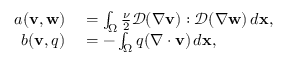
\begin{array} { r l } { a ( { \mathbf v } , { \mathbf w } ) } & { { } = \int _ { \Omega } \frac { \nu } { 2 } \mathcal { D } ( \nabla { \mathbf v } ) : \mathcal { D } ( \nabla { \mathbf w } ) \, d { \mathbf x } , } \\ { b ( { \mathbf v } , q ) } & { { } = - \int _ { \Omega } q ( \nabla \cdot { \mathbf v } ) \, d { \mathbf x } , } \end{array}